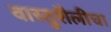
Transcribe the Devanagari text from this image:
वास्तुशैलीचा